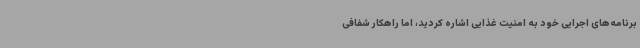
برنامه‌های اجرایی خود به امنیت غذایی اشاره کردید، اما راهکار شفافی